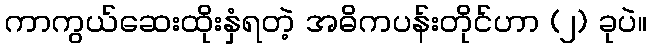
ကာကွယ်ဆေးထိုးနှံရတဲ့ အဓိကပန်းတိုင်ဟာ (၂) ခုပဲ။